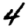
Digit: 4